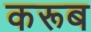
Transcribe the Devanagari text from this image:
करूब